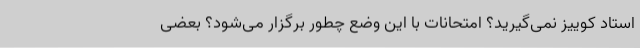
استاد کوییز نمی‌گیرید؟ امتحانات با این وضع چطور برگزار می‌شود؟ بعضی